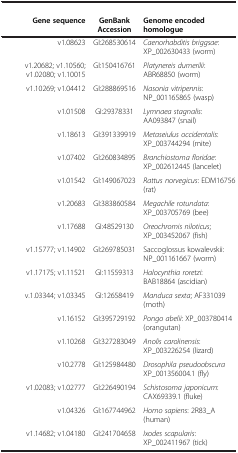
<table><thead><tr><td><b> </b></td><td><b> </b></td><td><b> </b></td></tr><tr><td><b>Gene sequence</b></td><td><b>GenBank Accession</b></td><td><b>Genome encoded homologue</b></td></tr></thead><tbody><tr><td>v1.08623</td><td>GI:268530614</td><td><i>Caenorhabditis briggsae</i>: XP_002630433 (worm)</td></tr><tr><td>v1.20682; v1.10560; v1.02080; v1.10015</td><td>GI:150416761</td><td><i>Platynereis dumerilii</i>: ABR68850 (worm)</td></tr><tr><td>v1.10269; v1.04412</td><td>GI:288869516</td><td><i>Nasonia vitripennis</i>: NP_001165865 (wasp)</td></tr><tr><td>v1.01508</td><td>GI:29378331</td><td><i>Lymnaea stagnalis</i>: AA093847 (snail)</td></tr><tr><td>v1.18613</td><td>GI:391339919</td><td><i>Metaseiulus occidentalis</i>: XP_003744294 (mite)</td></tr><tr><td>v1.07402</td><td>GI:260834895</td><td><i>Branchiostoma floridae</i>: XP_002612445 (lancelet)</td></tr><tr><td>v1.01542</td><td>GI:149067023</td><td><i>Rattus norvegicus</i>: EDM16756 (rat)</td></tr><tr><td>v1.20683</td><td>GI:383860584</td><td><i>Megachile rotundata</i>: XP_003705769 (bee)</td></tr><tr><td>v1.17688</td><td>GI:48529130</td><td><i>Oreochromis niloticus</i>; XP_003452067 (fish)</td></tr><tr><td>v1.15777; v1.14902</td><td>GI:269785031</td><td>Saccoglossus kowalevskii: NP_001161667 (worm)</td></tr><tr><td>v1.17175; v1.11521</td><td>GI:11559313</td><td><i>Halocynthia roretzi</i>: BAB18864 (ascidian)</td></tr><tr><td>v.1.03344; v1.03345</td><td>GI:12658419</td><td><i>Manduca sexta</i>; AF331039 (moth)</td></tr><tr><td>v1.16152</td><td>GI:395729192</td><td><i>Pongo abelii</i>: XP_003780414 (orangutan)</td></tr><tr><td>v1.10268</td><td>GI:327283049</td><td><i>Anolis carolinensis</i>: XP_003226254 (lizard)</td></tr><tr><td>v10.2778</td><td>GI:125984480</td><td><i>Drosophila pseudoobscura</i> XP_001356004.1 (fly)</td></tr><tr><td>v1.02083; v1.02777</td><td>GI:226490194</td><td><i>Schistosoma japonicum</i>: CAX69339.1 (fluke)</td></tr><tr><td>v1.04326</td><td>GI:167744962</td><td><i>Homo sapiens</i>: 2R83_A (human)</td></tr><tr><td>v1.14682; v1.04180</td><td>GI:241704658</td><td><i>Ixodes scapularis</i>: XP_002411967 (tick)</td></tr></tbody></table>